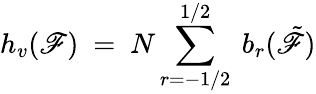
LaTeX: h_{v}(\mathscr{F})\ =\ N\sum_{r=-1/2}^{1/2}\ b_{r}(\tilde{{\mathscr{F}}})